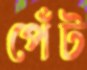
পেঁট